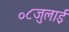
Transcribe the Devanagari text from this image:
०८जुलाई